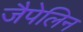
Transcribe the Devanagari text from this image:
जैपेलिन